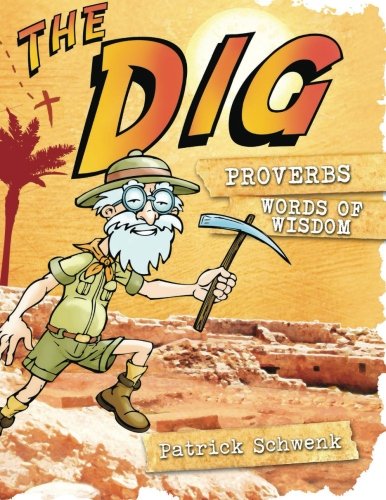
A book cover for The Dig Proverbs (The Dig for Kids); Patrick Schwenk; Christian Books & Bibles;